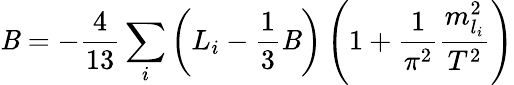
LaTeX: \mathit{B}=-\frac{{4}}{{13}}\sum_{i}\left(L_{i}-\frac{{1}}{{3}}\mathit{B}\right)\left(1+\frac{{1}}{{\pi^{2}}}\frac{{m_{l_{i}}^{2}}}{{T^{2}}}\right)